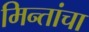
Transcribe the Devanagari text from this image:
मिन्तांचा